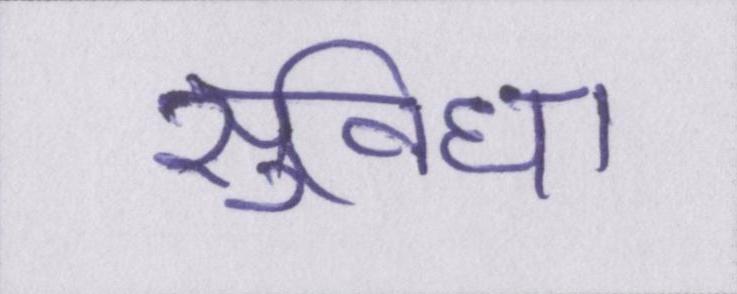
सुविधा